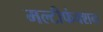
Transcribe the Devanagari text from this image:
मल्टीफंक्शन